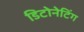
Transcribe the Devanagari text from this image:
डिटोनेटिंग